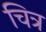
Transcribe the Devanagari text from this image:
चित्र